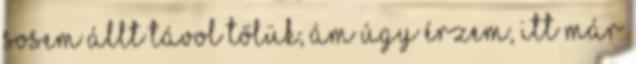
sosem állt távol tőlük, ám úgy érzem, itt már